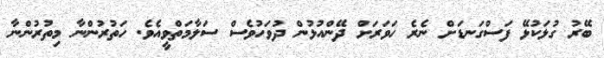
ބޭރު ގުޅަކުޅޭ ފަސްގަނޑަށް ނެރެ ހަވަރަށް ދޭންއުޅުން ދުވަހުވެސް ސަލާމަތްވީއެވެ. ހަތުރުންނާ މިތުރުންނާ